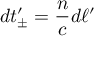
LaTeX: d t _ { \pm } ^ { \prime } = { \frac { n } { c } } d \ell ^ { \prime }